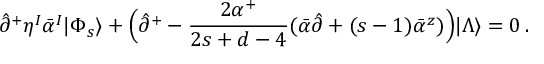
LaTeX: \hat { \partial } ^ { + } \eta ^ { I } \bar { \alpha } ^ { I } | \Phi _ { s } \rangle + \Bigl ( \hat { \partial } ^ { + } - \frac { 2 \alpha ^ { + } } { 2 s + d - 4 } ( \bar { \alpha } \hat { \partial } + ( s - 1 ) \bar { \alpha } ^ { z } ) \Bigr ) | \Lambda \rangle = 0 \, .